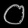
Digit: ၀